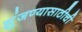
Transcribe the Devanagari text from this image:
झुंजण्यासाठीची